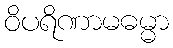
ဝိပရိဏာမဓမ္မာ